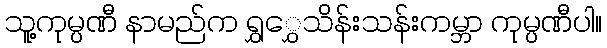
သူ့ကုမ္ပဏီ နာမည်က ရွှွှေသိန်းသန်းကမ္ဘာ ကုမ္ပဏီပါ။